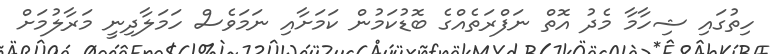
ހިތުގައި ޝިހާމާ މެދު އޮތް ނަފްރަތެއްގެ ބޮޑުކަމުން ކަމަށާއި ނަމަވެސް ހަމަލާދިނީ މަރާލުމަށް